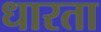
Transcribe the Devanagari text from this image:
धारता